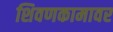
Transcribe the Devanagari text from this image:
शिवणकामावर